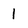
Character: 1